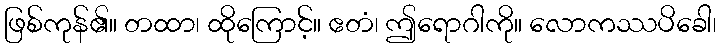
ဖြစ်ကုန်၏။ တထာ၊ ထိုကြောင့်။ ဧတံ၊ ဤရောဂါကို။ လောကဿပိခေါ၊